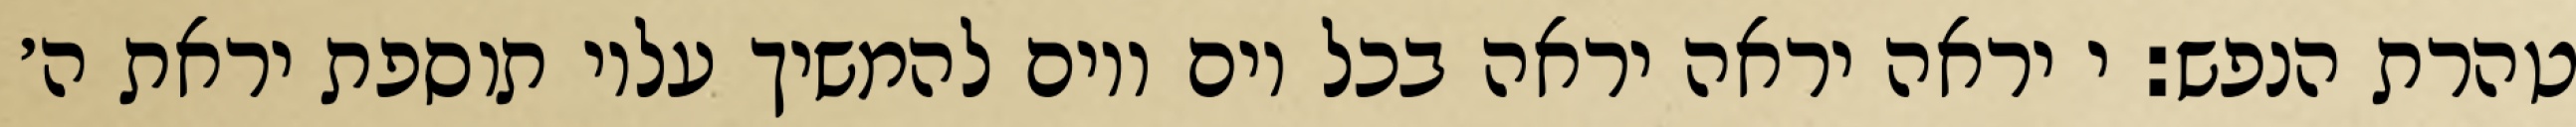
טהרת הנפש: י יראה יראה יראה בכל יום ויום להמשיך עליו תוספת יראת ה׳